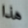
هذا